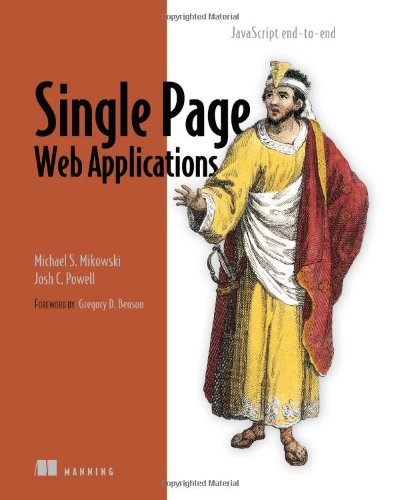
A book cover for Single Page Web Applications: JavaScript end-to-end; Michael Mikowski; Computers & Technology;